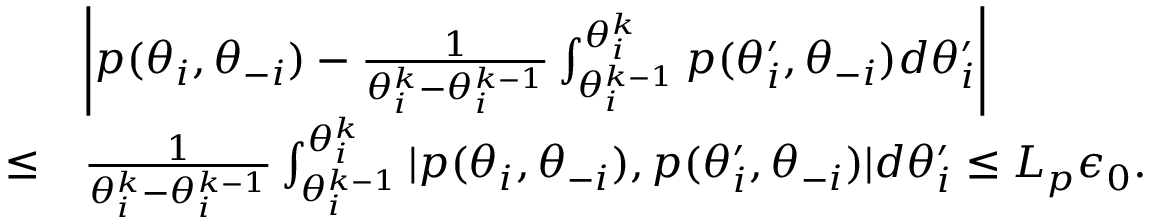
\begin{array} { r l } & { \left| p ( \theta _ { i } , \theta _ { - i } ) - \frac { 1 } { \theta _ { i } ^ { k } - \theta _ { i } ^ { k - 1 } } \int _ { \theta _ { i } ^ { k - 1 } } ^ { \theta _ { i } ^ { k } } p ( \theta _ { i } ^ { \prime } , \theta _ { - i } ) d \theta _ { i } ^ { \prime } \right| } \\ { \leq } & { \frac { 1 } { \theta _ { i } ^ { k } - \theta _ { i } ^ { k - 1 } } \int _ { \theta _ { i } ^ { k - 1 } } ^ { \theta _ { i } ^ { k } } | p ( \theta _ { i } , \theta _ { - i } ) , p ( \theta _ { i } ^ { \prime } , \theta _ { - i } ) | d \theta _ { i } ^ { \prime } \leq L _ { p } \epsilon _ { 0 } . } \end{array}